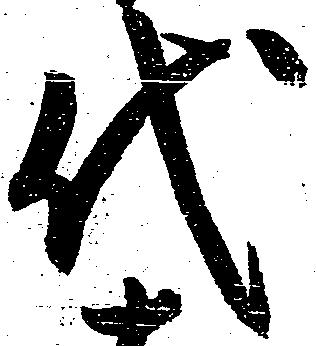
代